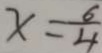
x = \frac { 6 } { 4 }